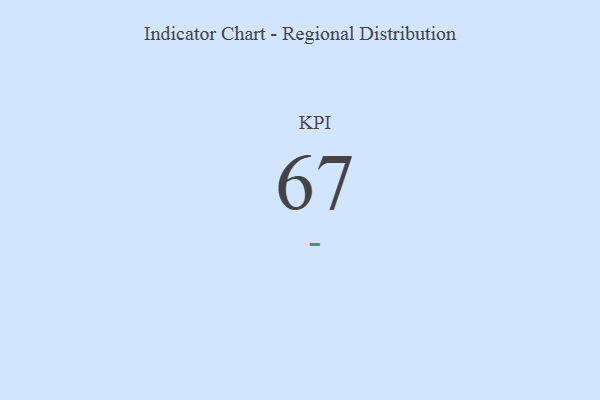
{"axis": {"x": "KPI", "y": "Value"}, "legend": [""], "data": [{"x": "KPI", "y": 67, "type": ""}]}